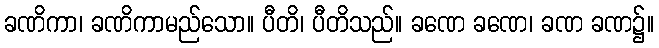
ခဏိကာ၊ ခဏိကာမည်သော။ ပီတိ၊ ပီတိသည်။ ခဏေ ခဏေ၊ ခဏ ခဏ၌။